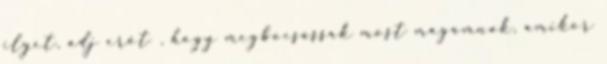
ilyet, adj erőt , hogy megbocsássak most magamnak, amikor